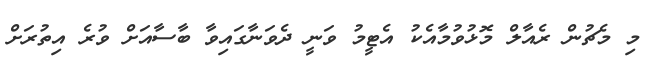
މި މެޗުން ރެއާލް މޮޅުވުމާއެކު އެޓީމު ވަނީ ދެވަނާގައިވާ ބާސާއަށް ވުރެ އިތުރަށް